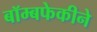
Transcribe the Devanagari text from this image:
बॉम्बफेकीने